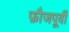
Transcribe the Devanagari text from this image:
फ़ौजपूर्वी